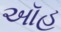
ઑહ